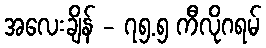
အလေးချိန် - ၇၅.၅ ကီလိုဂရမ်